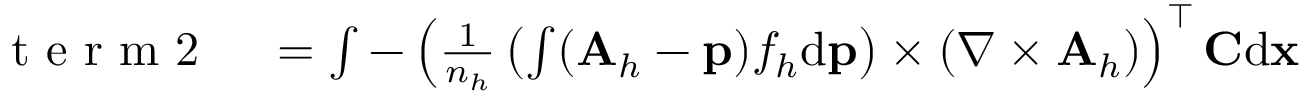
\begin{array} { r l } { \mathrm { ~ t ~ e ~ r ~ m ~ 2 ~ } } & { { } = \int - \left( \frac { 1 } { n _ { h } } \left( \int ( { \mathbf A } _ { h } - { \mathbf p } ) f _ { h } \mathrm { d } { \mathbf p } \right) \times ( \nabla \times { \mathbf A } _ { h } ) \right) ^ { \top } { \mathbf C } \mathrm { d } { \mathbf x } } \end{array}